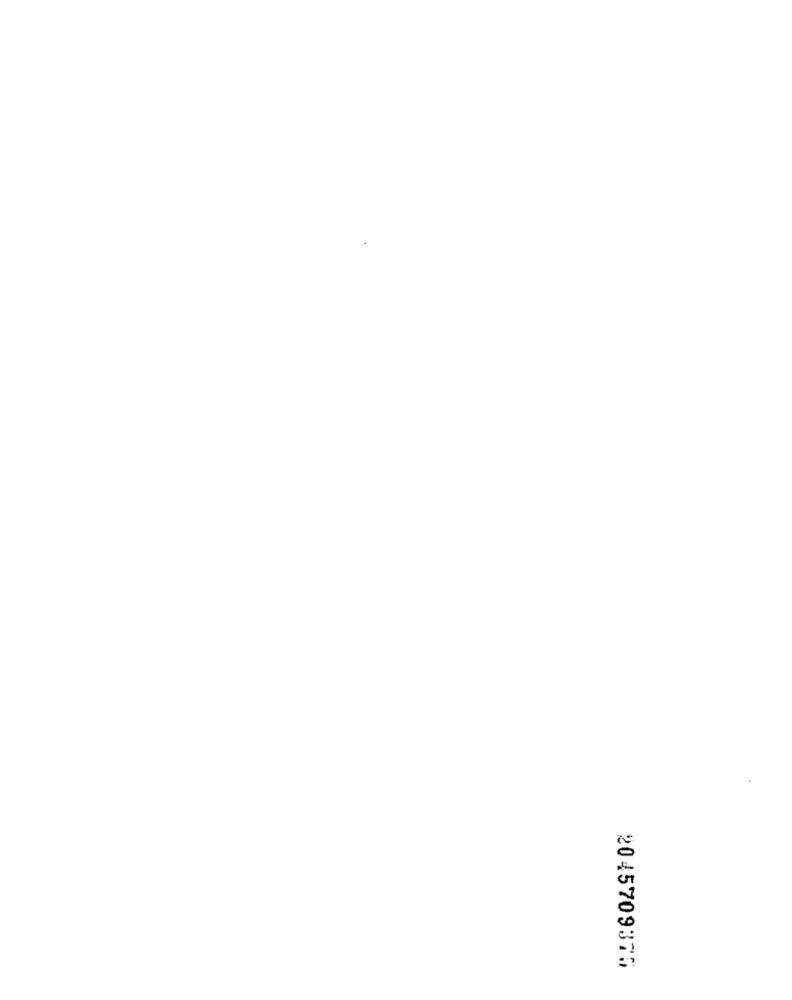
2045709375